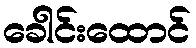
ခေါင်းထောင်